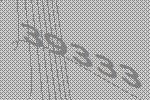
39333